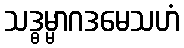
သဒ္ဓမ္မာဂဒမေသဟံ